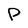
Character: P